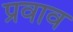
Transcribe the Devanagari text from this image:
प्रवाव